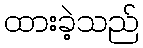
ထားခဲ့သည်